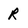
Character: R